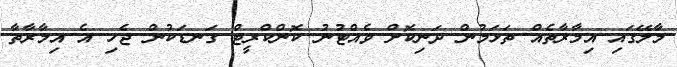
މާލޭގައި އިމާރާތެއް ތަޅަމުން ދަނިކޮށް ވެއްޓުނު ކޮންކްރީޓް ގަނޑަކުން ޖެހި އެ އިމާރާތާ